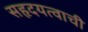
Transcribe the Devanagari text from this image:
सहृदयत्वाची